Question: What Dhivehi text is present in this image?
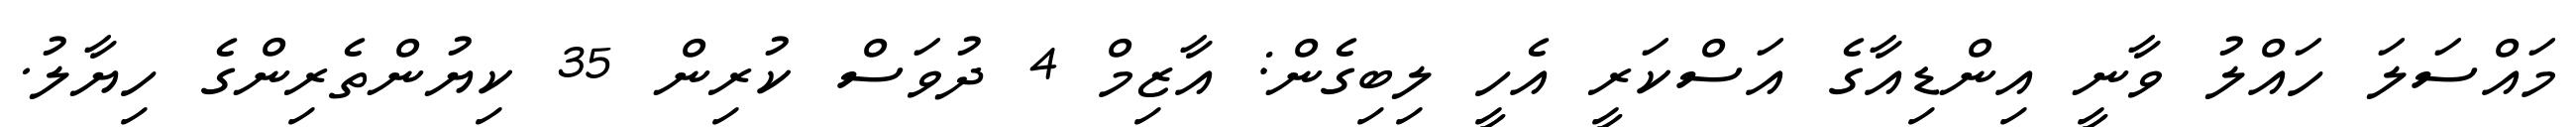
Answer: މައްސަލަ ހައްލު ވާނީ އިންޑިއާގެ އަސްކަރީ އެހީ ލިބިގެން: އާޒިމް 4 ދުވަސް ކުރިން 35 ކިޔުންތެރިންގެ ހިޔާލު.